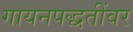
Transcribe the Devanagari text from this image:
गायनपद्धतींवर